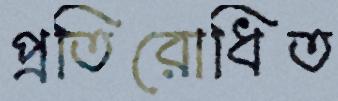
প্রতিরোধিত